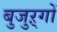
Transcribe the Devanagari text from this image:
बुजुऱ्गों